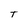
Character: T